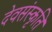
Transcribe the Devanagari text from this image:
देवसंस्कृति